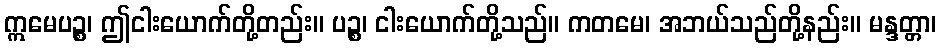
ဣမေပဉ္စ၊ ဤငါးယောက်တို့တည်း။ ပဉ္စ၊ ငါးယောက်တို့သည်။ ကတမေ၊ အဘယ်သည်တို့နည်း။ မန္ဒတ္တာ၊